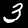
Label: 3